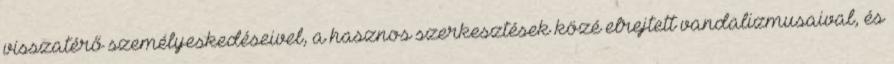
visszatérő személyeskedéseivel, a hasznos szerkesztések közé elrejtett vandalizmusaival, és